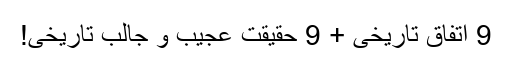
9 اتفاق تاریخی + 9 حقیقت عجیب و جالب تاریخی!